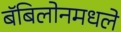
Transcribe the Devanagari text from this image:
बॅबिलोनमधले